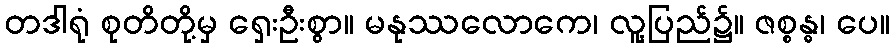
တဒါရုံ စုတိတို့မှ ရှေးဦးစွာ။ မနုဿလောကေ၊ လူ့ပြည်၌။ ဇစ္စန္ဓ၊ ပေ။